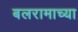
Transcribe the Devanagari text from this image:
बलरामाच्या